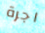
اجرة